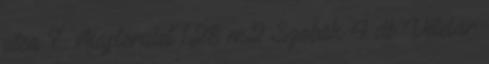
utca 7. Alapterület 128 m2 Szobák 4 db Vételár